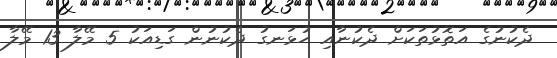
ދެކުނުގެ އަތޮޅުތަކަށް ދެކުނާއި ހުޅަނގު ދެކުނުން ގަޑިއަކު 5 މޭލާ 13 މޭލާ